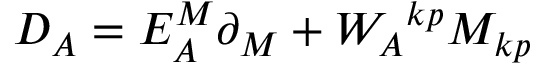
D _ { A } = E _ { A } ^ { M } \partial _ { M } + { W _ { A } } ^ { k p } M _ { k p }